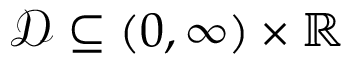
\mathcal { D } \subseteq ( 0 , \infty ) \times \mathbb { R }